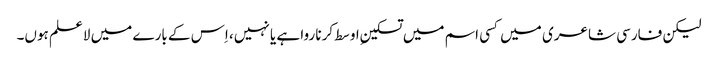
لیکن فارسی شاعری میں کسی اسم میں تسکینِ اوسط کرنا روا ہے یا نہیں، اِس کے بارے میں لاعلم ہوں۔